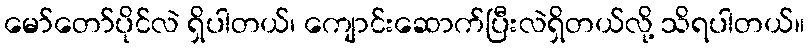
မော်တော်ပိုင်လဲ ရှိပါတယ်၊ ကျောင်းဆောက်ပြီးလဲရှိတယ်လို့ သိရပါတယ်။